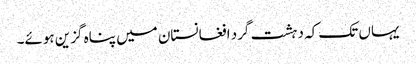
یہاں تک کہ دہشت گرد افغانستان میں پناہ گزین ہوئے۔